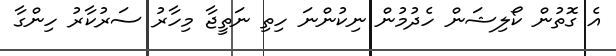
އެ ގޮތުން ކޯލިޝަން ހެދުމުން ނިކުންނަ ހިތި ނަތީޖާ މިހާރު ސަރުކާރު ހިންގާ